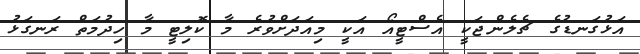
އަޅުގަނޑުގެ ޗެލެންޖަކީ އެސްޓީއޯ އަކީ މިއަދަށްވުރެ މާ ކޮލިޓީ މާ ހިދުމަތް ރަނގަޅު